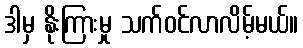
ဒါမှ နိုးကြားမှု သက်ဝင်လာလိမ့်မယ်။